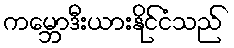
ကမ္ဘောဒီးယားနိုင်ငံသည်